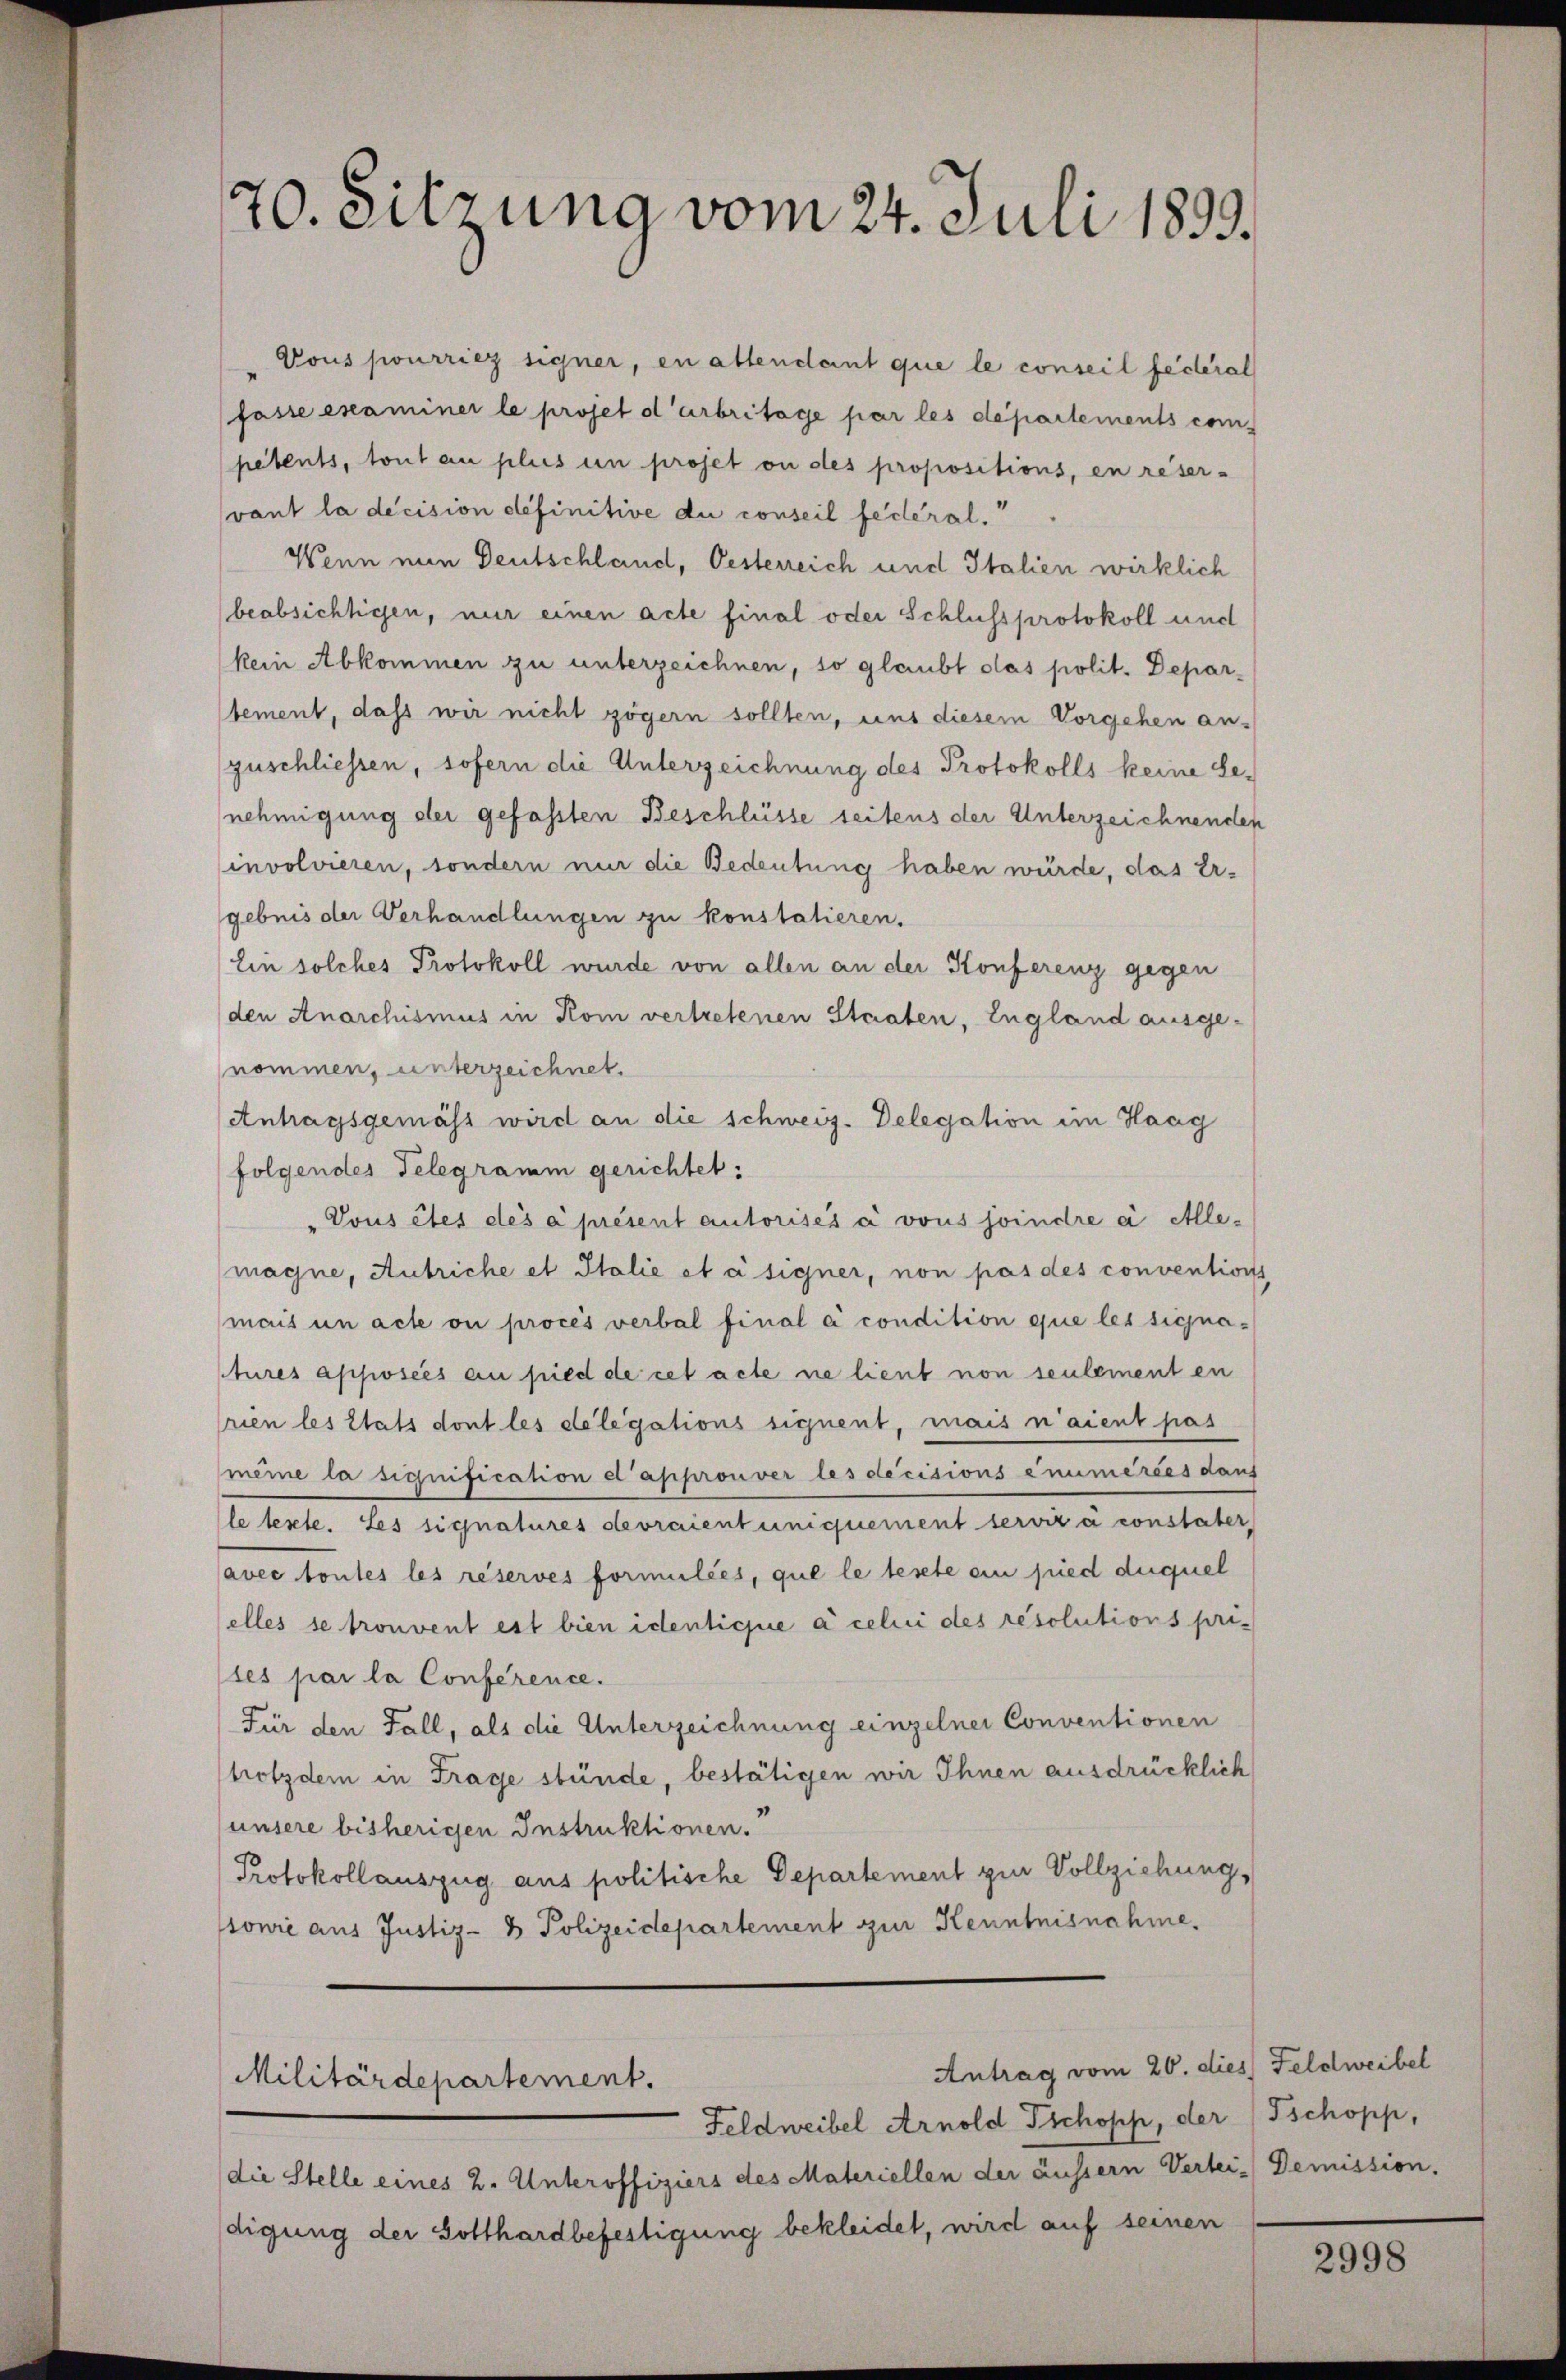
70. Sitzung vom 24. Juli 1899.

Vous pourriez signer, en altendant que le conseil federat
fasse examiner le projet darbritage par les departements competents, tout au plus un proset ou des propositions, en reser-
vant la decision definitive du conseil fédéral,
Wenn eine Deutschland, Oesterreich und Italien wirklich
beabsichtigen, nur einen acte final oder Schlussprotokoll und
kein Abkommen zu unterzeichnen, so glaubt das polit. Depar-
tement, dass wir nicht zögern sollten, uns diesem Vorgehen an-
zuschliessen, sofern die Unterzeichnung des Protokolls keine Senehmigung der gefassten Beschlüsse seitens der Unterzeichnenden
involvieren, sondern nur die Bedeutung haben würde, das Ergebnis der Verhandlungen zu konstatieren.
Ein solches Protokoll wurde von allen an der Konferenz gegen
(den Anarchismus in Kom vertretenen Staaten, England ausge-
nommen, unterzeichnet.
Antragsgemäss wird an die schweiz. Delegation im Haag
folgendes Telegramm gerichtet:
"Vous êtes des a présent autorisés à vous joindre a Allemagne, Antriche et Italie et à signer, non pas des conventions
mais un acte ou proces verbal final a condition que les signatures apposées au pied de cet acte ne lieut non seulement en
rien les Etats dont les delegations signent, mais n’aient pas
meine la signification et approuver les decisions énumérées dans
le teste. Les signatures devraient uniquement servir à constater,
avec toutes les réserves formulées, que le teste ein pied duquel
elles se trouvent est bien identicie à celui des resolutions pri-
les par la Conference.
Für den Fall, als die Unterzeichnung einzelner Conventionen
trotzdem in Frage stünde, bestätigen wir Ihnen ausdrücklich
unsere bisherigen Instruktionen.
Protokollauszug aus politische Departement zur Vollziehung,
ssowie aus Justiz- & Polizeidepartement zur Kenntnisnahme.

Antrag vom 20. dies Feldweibel
Militärdepartement.

Feldweibel Arnold Tschopp, der Tschopp,
die Stelle eines 2. Unteroffiziers des Materiellen der äussern Verlei. Demission.
digung der Gotthardbefestigung bekleidet, wird auf seinen

2998